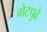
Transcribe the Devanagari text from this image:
गेटपुढे